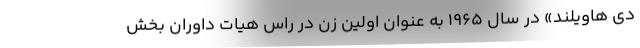
دی هاویلند» در سال ۱۹۶۵ به عنوان اولین زن در راس هیات داوران بخش